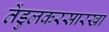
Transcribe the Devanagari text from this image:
तेंडुलकरसारखा